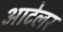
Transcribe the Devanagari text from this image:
आटेलर